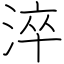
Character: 淬